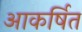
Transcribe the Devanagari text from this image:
आकर्षित